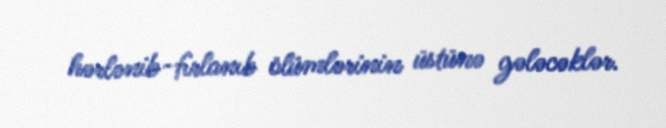
hərlənib-fırlanıb ölümlərinin üstünə gələcəklər.